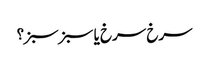
سرخ سرخ یا سبز سبز؟